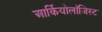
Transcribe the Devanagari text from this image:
आर्कियोलाॅजिस्ट